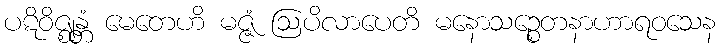
ပဋိဝိဇ္ဈန္တံ မေတေဟိ မဇ္ဇံ ဩပိလာပေတိ မနောသဉ္စေတနာဟာရဝသေန